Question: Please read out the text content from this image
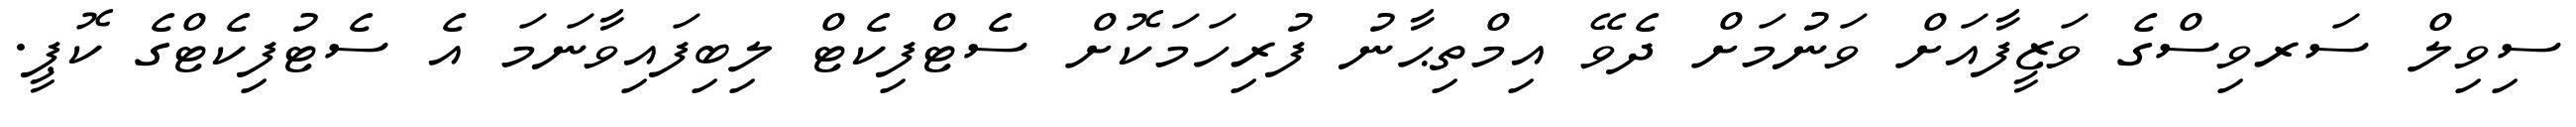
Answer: ސިވިލް ސަރވިސްގެ ވަޒީފާއަށް ވަނުމަށް ދެވޭ އިމްތިޙާނު ފުރިހަމަކޮށް ސެޓްފިކެޓް ލިބިފައިވާނަމަ އެ ސެޓުފިކެޓްގެ ކޮޕީ.